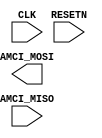
`timescale 1ns / 1ps

//====================================================================================
//                        ------->  Revision History  <------
//====================================================================================
//
//   Date     Who   Ver  Changes
//====================================================================================
// 10-May-22  DWW  1000  Initial creation
//====================================================================================


module controller0#
(
    parameter integer AXI_DATA_WIDTH = 32,
    parameter integer AXI_ADDR_WIDTH = 32
)
(
    input CLK, RESETN, 

    //================= The AMCI (AXI Master Control Interface) ================
    output wire[97:0] AMCI_MOSI,    // AMCI Master Out, Slave In
    input  wire[37:0] AMCI_MISO     // AMCI Master In, Slave Out
    //==========================================================================
);

    //<><><><><><><><><><><><><><><><><><><><><><><><><><><><><><><><><><><><><>
    //<><><><><><><><><><><><><><><><><><><><><><><><><><><><><><><><><><><><><>
    //      From here to the next marker is standard AMCI template code
    //<><><><><><><><><><><><><><><><><><><><><><><><><><><><><><><><><><><><><>
    //<><><><><><><><><><><><><><><><><><><><><><><><><><><><><><><><><><><><><>


    //==========================================================================
    // Registers for performing AXI4-Lite write transactions
    //==========================================================================
    reg[AXI_ADDR_WIDTH-1:0] amci_waddr;
    reg[AXI_DATA_WIDTH-1:0] amci_wdata;
    reg[1:0]                amci_wresp;
    reg                     amci_write;
    reg                     amci_widle;
    //==========================================================================

    //==========================================================================
    // Registers for performing AXI4-Lite read transactions
    //==========================================================================
    reg[AXI_ADDR_WIDTH-1:0] amci_raddr;
    reg[AXI_DATA_WIDTH-1:0] amci_rdata;
    reg[1:0]                amci_rresp;
    reg                     amci_read;
    reg                     amci_ridle;
    //==========================================================================


    //==========================================================================
    // Break out the AMCI_MISO and AMCI_MISO interfaces into discrete ports
    //==========================================================================
    localparam AMCI_WADDR_OFFSET = 0;   localparam pa1 = AMCI_WADDR_OFFSET + AXI_ADDR_WIDTH;
    localparam AMCI_WDATA_OFFSET = pa1; localparam pa2 = AMCI_WDATA_OFFSET + AXI_DATA_WIDTH;
    localparam AMCI_RADDR_OFFSET = pa2; localparam pa3 = AMCI_RADDR_OFFSET + AXI_ADDR_WIDTH;
    localparam AMCI_WRITE_OFFSET = pa3; localparam pa4 = AMCI_WRITE_OFFSET + 1;
    localparam AMCI_READ_OFFSET  = pa4; localparam pa5 = AMCI_READ_OFFSET  + 1;

    localparam AMCI_RDATA_OFFSET = 0;   localparam pb1 = AMCI_RDATA_OFFSET + AXI_DATA_WIDTH;
    localparam AMCI_WIDLE_OFFSET = pb1; localparam pb2 = AMCI_WIDLE_OFFSET + 1;
    localparam AMCI_RIDLE_OFFSET = pb2; localparam pb3 = AMCI_RIDLE_OFFSET + 1;
    localparam AMCI_WRESP_OFFSET = pb3; localparam pb4 = AMCI_WRESP_OFFSET + 2;
    localparam AMCI_RRESP_OFFSET = pb4; localparam pb5 = AMCI_RRESP_OFFSET + 2;
    //==========================================================================


    //==========================================================================
    // Wire the "write-to-slave" FSM inputs and outputs to the module ports
    //==========================================================================
    always @(*) begin
        amci_widle <= AMCI_MISO[AMCI_WIDLE_OFFSET +: 1];
        amci_wresp <= AMCI_MISO[AMCI_WRESP_OFFSET +: 2];
    end

    assign AMCI_MOSI[AMCI_WADDR_OFFSET +: AXI_ADDR_WIDTH] = amci_waddr;
    assign AMCI_MOSI[AMCI_WDATA_OFFSET +: AXI_DATA_WIDTH] = amci_wdata;
    assign AMCI_MOSI[AMCI_WRITE_OFFSET +: 1             ] = amci_write;
    //==========================================================================

    //==========================================================================
    // Wire the "read-from-slave" FSM inputs and outputs to the module ports
    //==========================================================================
    always @(*) begin
        amci_ridle <= AMCI_MISO[AMCI_RIDLE_OFFSET +: 1             ];
        amci_rresp <= AMCI_MISO[AMCI_RRESP_OFFSET +: 2             ];
        amci_rdata <= AMCI_MISO[AMCI_RDATA_OFFSET +: AXI_DATA_WIDTH];
    end

    assign AMCI_MOSI[AMCI_RADDR_OFFSET +: AXI_ADDR_WIDTH] = amci_raddr;
    assign AMCI_MOSI[AMCI_READ_OFFSET  +: 1             ] = amci_read;
    //==========================================================================


    //<><><><><><><><><><><><><><><><><><><><><><><><><><><><><><><><><><><><><>
    //<><><><><><><><><><><><><><><><><><><><><><><><><><><><><><><><><><><><><>
    //                 End of standard AMCI template code
    //
    //                Module specific code below this point
    //<><><><><><><><><><><><><><><><><><><><><><><><><><><><><><><><><><><><><>
    //<><><><><><><><><><><><><><><><><><><><><><><><><><><><><><><><><><><><><>


endmodule